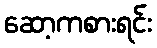
ဆော့ကစားရင်း